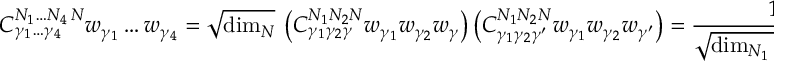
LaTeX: { C } _ { \gamma _ { 1 } \ldots \gamma _ { 4 } } ^ { N _ { 1 } \ldots N _ { 4 } \, N } w _ { \gamma _ { 1 } } \ldots w _ { \gamma _ { 4 } } = \sqrt { \mathrm { d i m } _ { N } } \ \left( { C } _ { \gamma _ { 1 } \gamma _ { 2 } \gamma } ^ { N _ { 1 } N _ { 2 } N } w _ { \gamma _ { 1 } } w _ { \gamma _ { 2 } } w _ { \gamma } \right) \left( { C } _ { \gamma _ { 1 } \gamma _ { 2 } \gamma ^ { \prime } } ^ { N _ { 1 } N _ { 2 } N } w _ { \gamma _ { 1 } } w _ { \gamma _ { 2 } } w _ { \gamma ^ { \prime } } \right) = { \frac { 1 } { \sqrt { \mathrm { d i m } _ { N _ { 1 } } \ldots \mathrm { d i m } _ { N _ { 4 } } } } } .